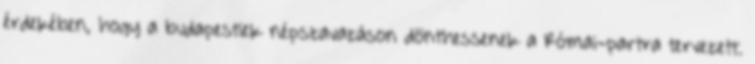
érdekében, hogy a budapestiek népszavazáson dönthessenek a Római-partra tervezett.